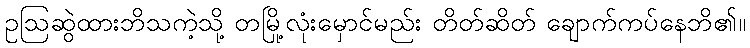
ဥဩဆွဲထားဘိသကဲ့သို့ တမြို့လုံးမှောင်မည်း တိတ်ဆိတ် ချောက်ကပ်နေဘိ၏။